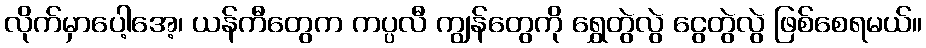
လိုက်မှာပေါ့အေ့၊ ယန်ကီတွေက ကပ္ပလီ ကျွန်တွေကို ရွှေတွဲလွဲ ငွေတွဲလွဲ ဖြစ်စေရမယ်။